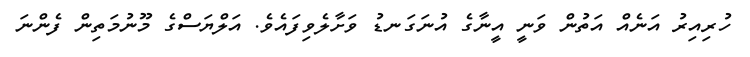
ހުރިއިރު އަނެއް އަތުން ވަނީ އީނާގެ އުނަގަނޑު ވަށާލެވިފައެވެ. އަލްޔަސްގެ މޫނުމަތިން ފެންނަ